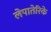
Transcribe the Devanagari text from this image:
लेपातेरिके